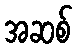
အဆစ်